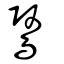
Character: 鷖